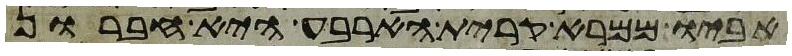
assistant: אביו ממרא קרית הארבע היא חברון